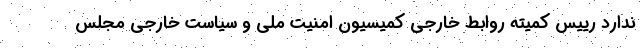
ندارد رییس کمیته روابط خارجی کمیسیون امنیت ملی و سیاست خارجی مجلس